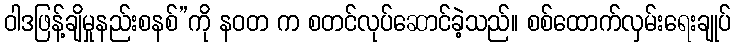
ဝါဒဖြန့်ချိမှုနည်းစနစ်”ကို နဝတ က စတင်လုပ်ဆောင်ခဲ့သည်။ စစ်ထောက်လှမ်းရေးချုပ်